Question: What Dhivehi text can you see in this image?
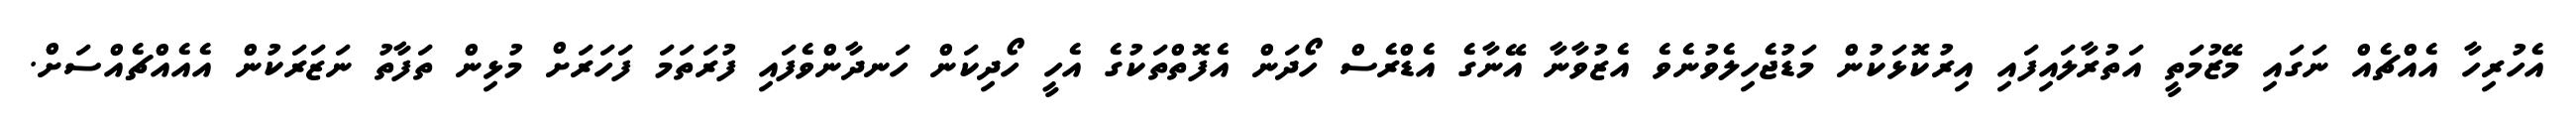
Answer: އެހުރިހާ އެއްޗެއް ނަގައި މޭޒުމަތީ އަތުރާލައިފައި އިރުކޮޅަކުން މަޑުޖެހިލެވުނެވެ އެޒުވާނާ އޭނާގެ އެޑްރެސް ހޯދަން އެފޮތްތަކުގެ އެހީ ހޯދިކަން ހަނދާންވެފައި ފުރަތަމަ ފަހަރަށް މުޅިން ތަފާތު ނަޒަރަކުން އެއެއްޗެއްސަށް.